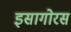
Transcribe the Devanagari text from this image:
इसागोरस